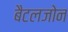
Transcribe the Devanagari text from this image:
बैटलजोन